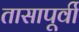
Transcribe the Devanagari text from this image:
तासापूर्वी